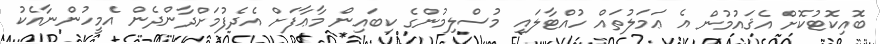
ބޮއިކޮޓުކޮށް އެޤައުމުން އެ ޢަމަލުތައް ހުއްޓާލައި މުސްލިމުންގެ ކިބައިން މާޢާފަށް އެދެފުމަށްދާންދެން އެމީހުންނާއެކު